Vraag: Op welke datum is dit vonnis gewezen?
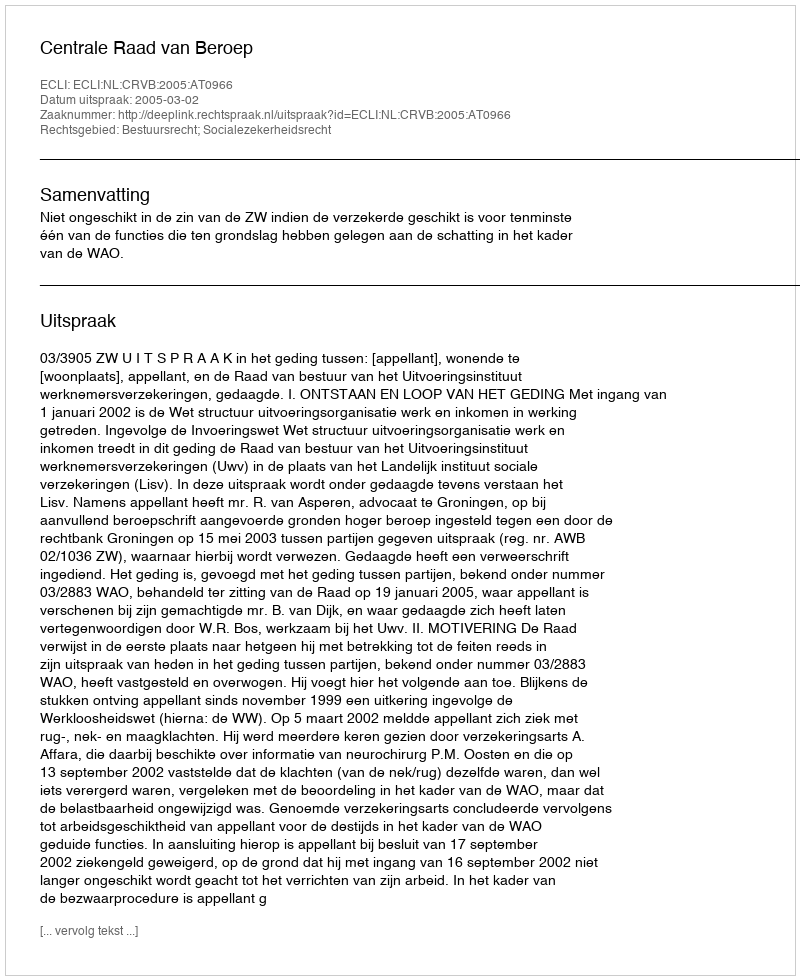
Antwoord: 2005-03-02